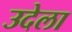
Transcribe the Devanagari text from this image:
उदेला